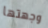
وجهتها